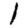
Digit: 1